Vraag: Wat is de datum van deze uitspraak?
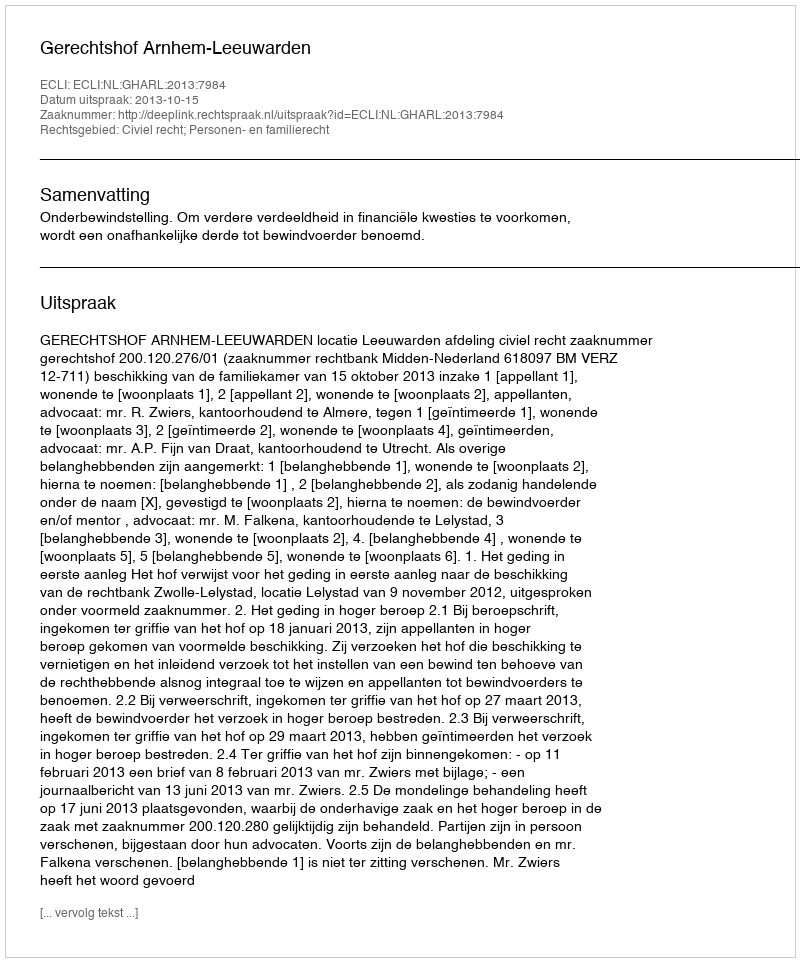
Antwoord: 2013-10-15